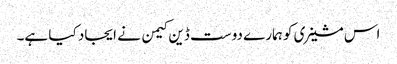
اس مشینری کو ہمارے دوست ڈین کیمن نے ایجاد کیا ہے۔